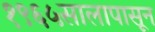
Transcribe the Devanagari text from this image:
१९६५सालापासून